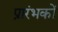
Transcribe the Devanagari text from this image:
प्रारंभकों